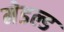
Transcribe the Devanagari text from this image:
मेडल्ड